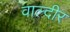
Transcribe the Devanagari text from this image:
वाल्दीर